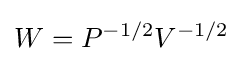
W=P^{-1/2}V^{-1/2}